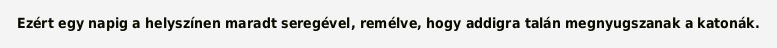
Ezért egy napig a helyszínen maradt seregével, remélve, hogy addigra talán megnyugszanak a katonák.